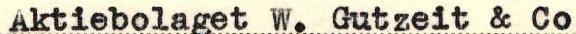
Aktiebolaget W. Gutzeit & Co